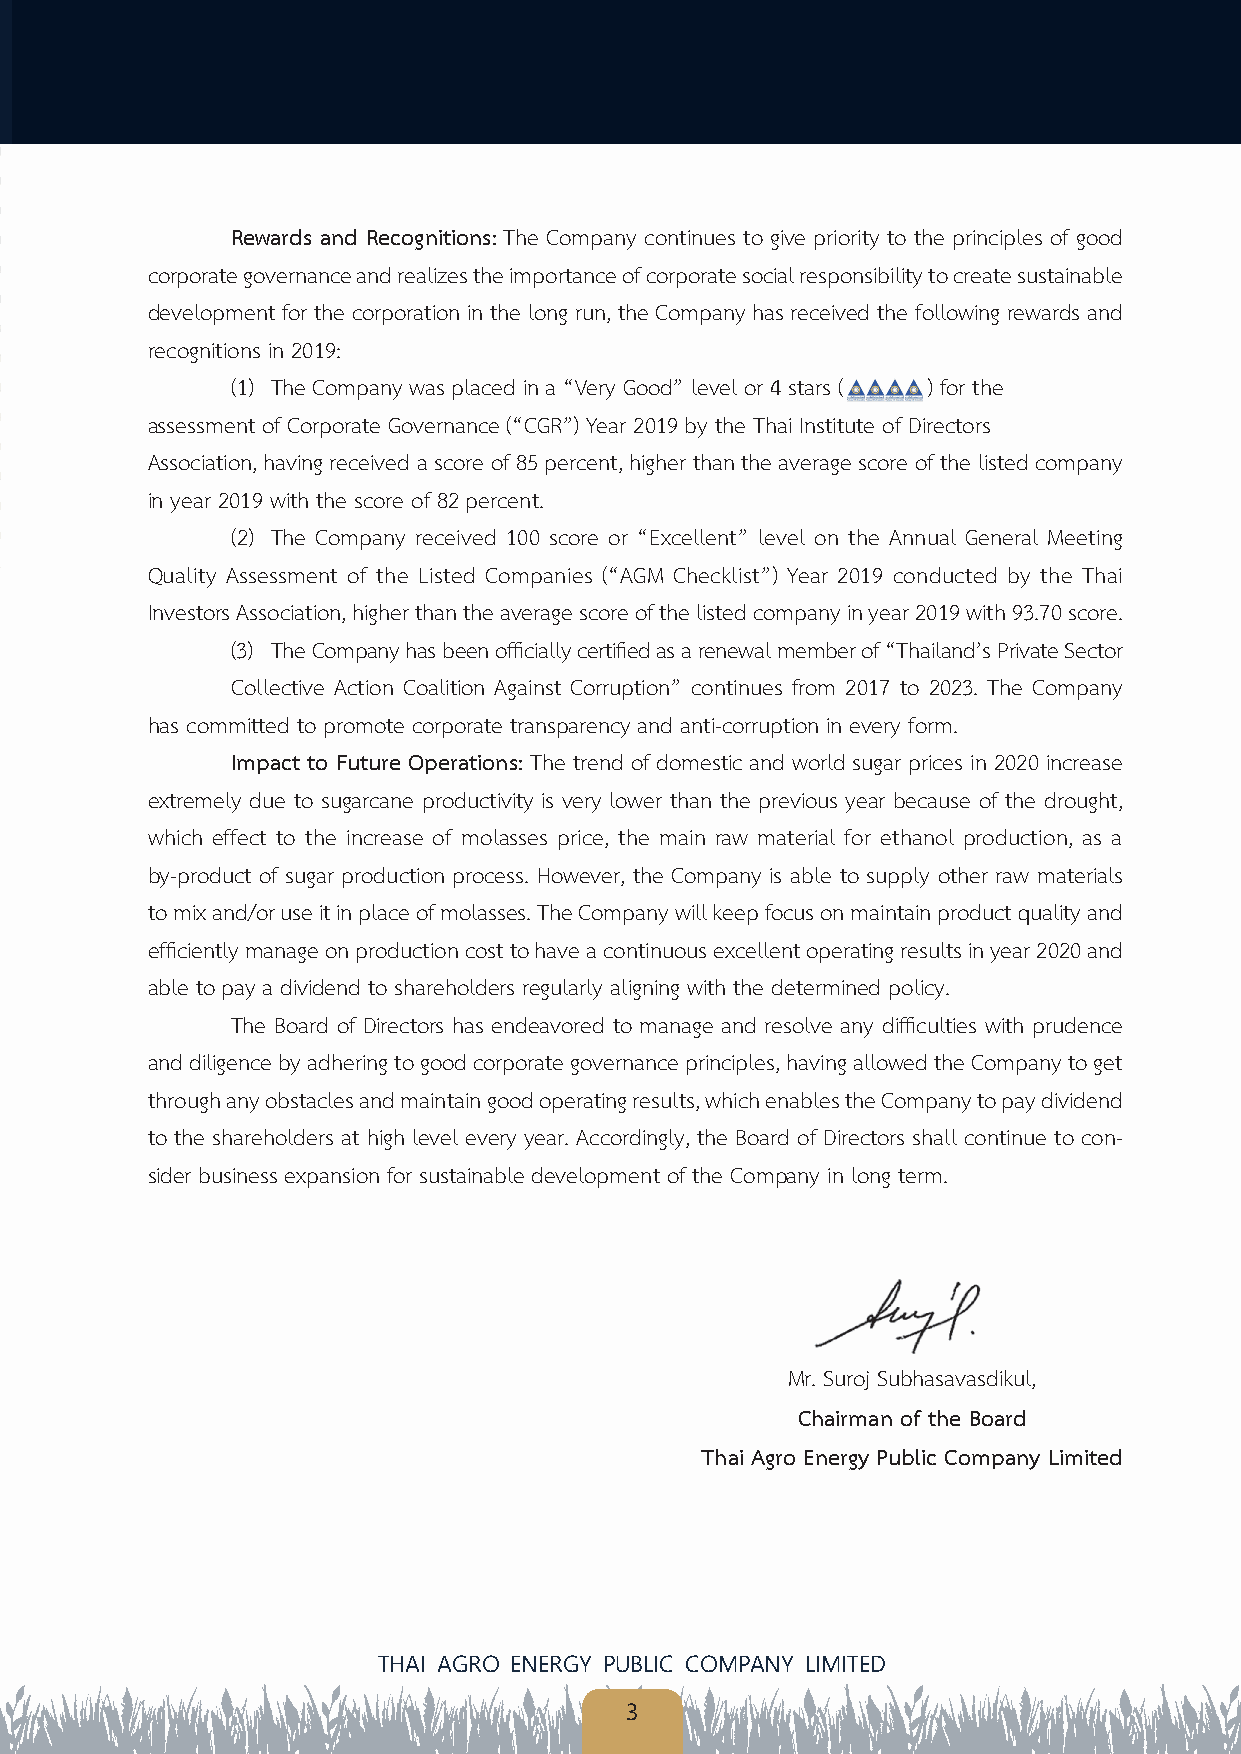
Rewards and Recognitions: The Company continues to give priority to the principles of good
 corporate governance and realizes the importance of corporate social responsibility to create sustainable
 development for the corporation in the long run, the Company has received the following rewards and
 recognitions in 2019:
 (1) The Company was placed in a “Very Good” level or 4 stars ( ) for the
 assessment of Corporate Governance (“CGR”) Year 2019 by the Thai Institute of Directors
 Association, having received a score of 85 percent, higher than the average score of the listed company
 in year 2019 with the score of 82 percent.
 (2) The Company received 100 score or “Excellent” level on the Annual General Meeting
 Quality Assessment of the Listed Companies (“AGM Checklist”) Year 2019 conducted by the Thai
 Investors Association, higher than the average score of the listed company in year 2019 with 93.70 score.
 (3) The Company has been officially certified as a renewal member of “Thailand’s Private Sector
 Collective Action Coalition Against Corruption” continues from 2017 to 2023. The Company
 has committed to promote corporate transparency and anti-corruption in every form.
 Impact to Future Operations: The trend of domestic and world sugar prices in 2020 increase
 extremely due to sugarcane productivity is very lower than the previous year because of the drought,
 which effect to the increase of molasses price, the main raw material for ethanol production, as a
 by-product of sugar production process. However, the Company is able to supply other raw materials
 to mix and/or use it in place of molasses. The Company will keep focus on maintain product quality and
 efficiently manage on production cost to have a continuous excellent operating results in year 2020 and
 able to pay a dividend to shareholders regularly aligning with the determined policy.
 The Board of Directors has endeavored to manage and resolve any difficulties with prudence
 and diligence by adhering to good corporate governance principles, having allowed the Company to get
 through any obstacles and maintain good operating results, which enables the Company to pay dividend
 to the shareholders at high level every year. Accordingly, the Board of Directors shall continue to con-
 sider business expansion for sustainable development of the Company in long term.
 Mr. Suroj Subhasavasdikul,
 Chairman of the Board
 Thai Agro Energy Public Company Limited
 THAI AGRO ENERGY PUBLIC COMPANY LIMITED
 3